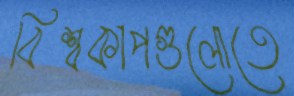
বিশ্বকাপগুলোতে